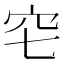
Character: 𥤥